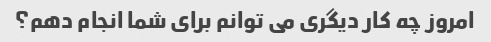
امروز چه کار دیگری می توانم برای شما انجام دهم؟